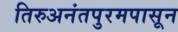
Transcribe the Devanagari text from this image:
तिरुअनंतपुरमपासून